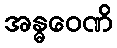
အန္ဓဝေဏိ